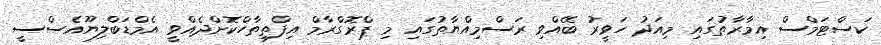
ކަސްޓަމްސް އިމާރާތުގައި މިއަދު ހަވީރު ބޭއްވި ރަސްމިއްޔާތުގައި މި ޕްރޮގްރާމް އިފްތިތާހްކޮށްދެއްވީ އެމްޑަބްލިޔޫއެސްސީ